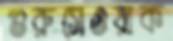
গুরুসেওয়াক